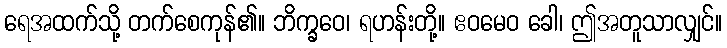
ရေအထက်သို့ တက်စေကုန်၏။ ဘိက္ခဝေ၊ ရဟန်းတို့။ ဧဝမေဝ ခေါ၊ ဤအတူသာလျှင်။